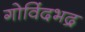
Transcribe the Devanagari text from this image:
गोविंदभद्र